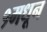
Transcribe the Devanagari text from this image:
१मधून